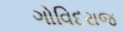
ગોવિદરાજ